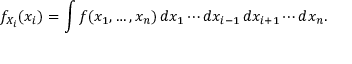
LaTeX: f _ { X _ { i } } ( x _ { i } ) = \int f ( x _ { 1 } , \ldots , x _ { n } ) \, d x _ { 1 } \cdots d x _ { i - 1 } \, d x _ { i + 1 } \cdots d x _ { n } .